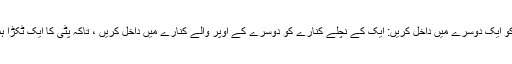
16. اب ان کے انٹرفیس میں سٹرپس کو ایک دوسرے میں داخل کریں: ایک کے نچلے کنارے کو دوسرے کے اوپر والے کنارے میں داخل کریں ، تاکہ پٹی کا ایک ٹکڑا ہمیشہ اور دوسرے کے پیچھے رہتا ہو۔